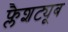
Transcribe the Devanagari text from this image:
फ्लैशट्यूब